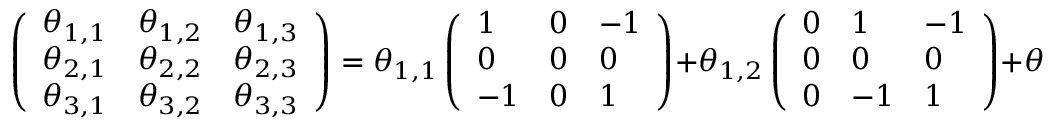
\left( \begin{array} { l l l } { \theta _ { 1 , 1 } } & { \theta _ { 1 , 2 } } & { \theta _ { 1 , 3 } } \\ { \theta _ { 2 , 1 } } & { \theta _ { 2 , 2 } } & { \theta _ { 2 , 3 } } \\ { \theta _ { 3 , 1 } } & { \theta _ { 3 , 2 } } & { \theta _ { 3 , 3 } } \end{array} \right) = \theta _ { 1 , 1 } \left( \begin{array} { l l l } { 1 } & { 0 } & { - 1 } \\ { 0 } & { 0 } & { 0 } \\ { - 1 } & { 0 } & { 1 } \end{array} \right) + \theta _ { 1 , 2 } \left( \begin{array} { l l l } { 0 } & { 1 } & { - 1 } \\ { 0 } & { 0 } & { 0 } \\ { 0 } & { - 1 } & { 1 } \end{array} \right) + \theta _ { 2 , 1 } \left( \begin{array} { l l l } { 0 } & { 0 } & { 0 } \\ { 1 } & { 0 } & { - 1 } \\ { - 1 } & { 0 } & { 1 } \end{array} \right) + \theta _ { 2 , 2 } \left( \begin{array} { l l l } { 0 } & { 0 } & { 0 } \\ { 0 } & { 1 } & { - 1 } \\ { 0 } & { 1 } & { 1 } \end{array} \right)